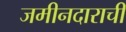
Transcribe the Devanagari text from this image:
जमीनदाराची